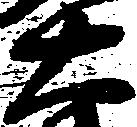
右